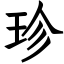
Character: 珍